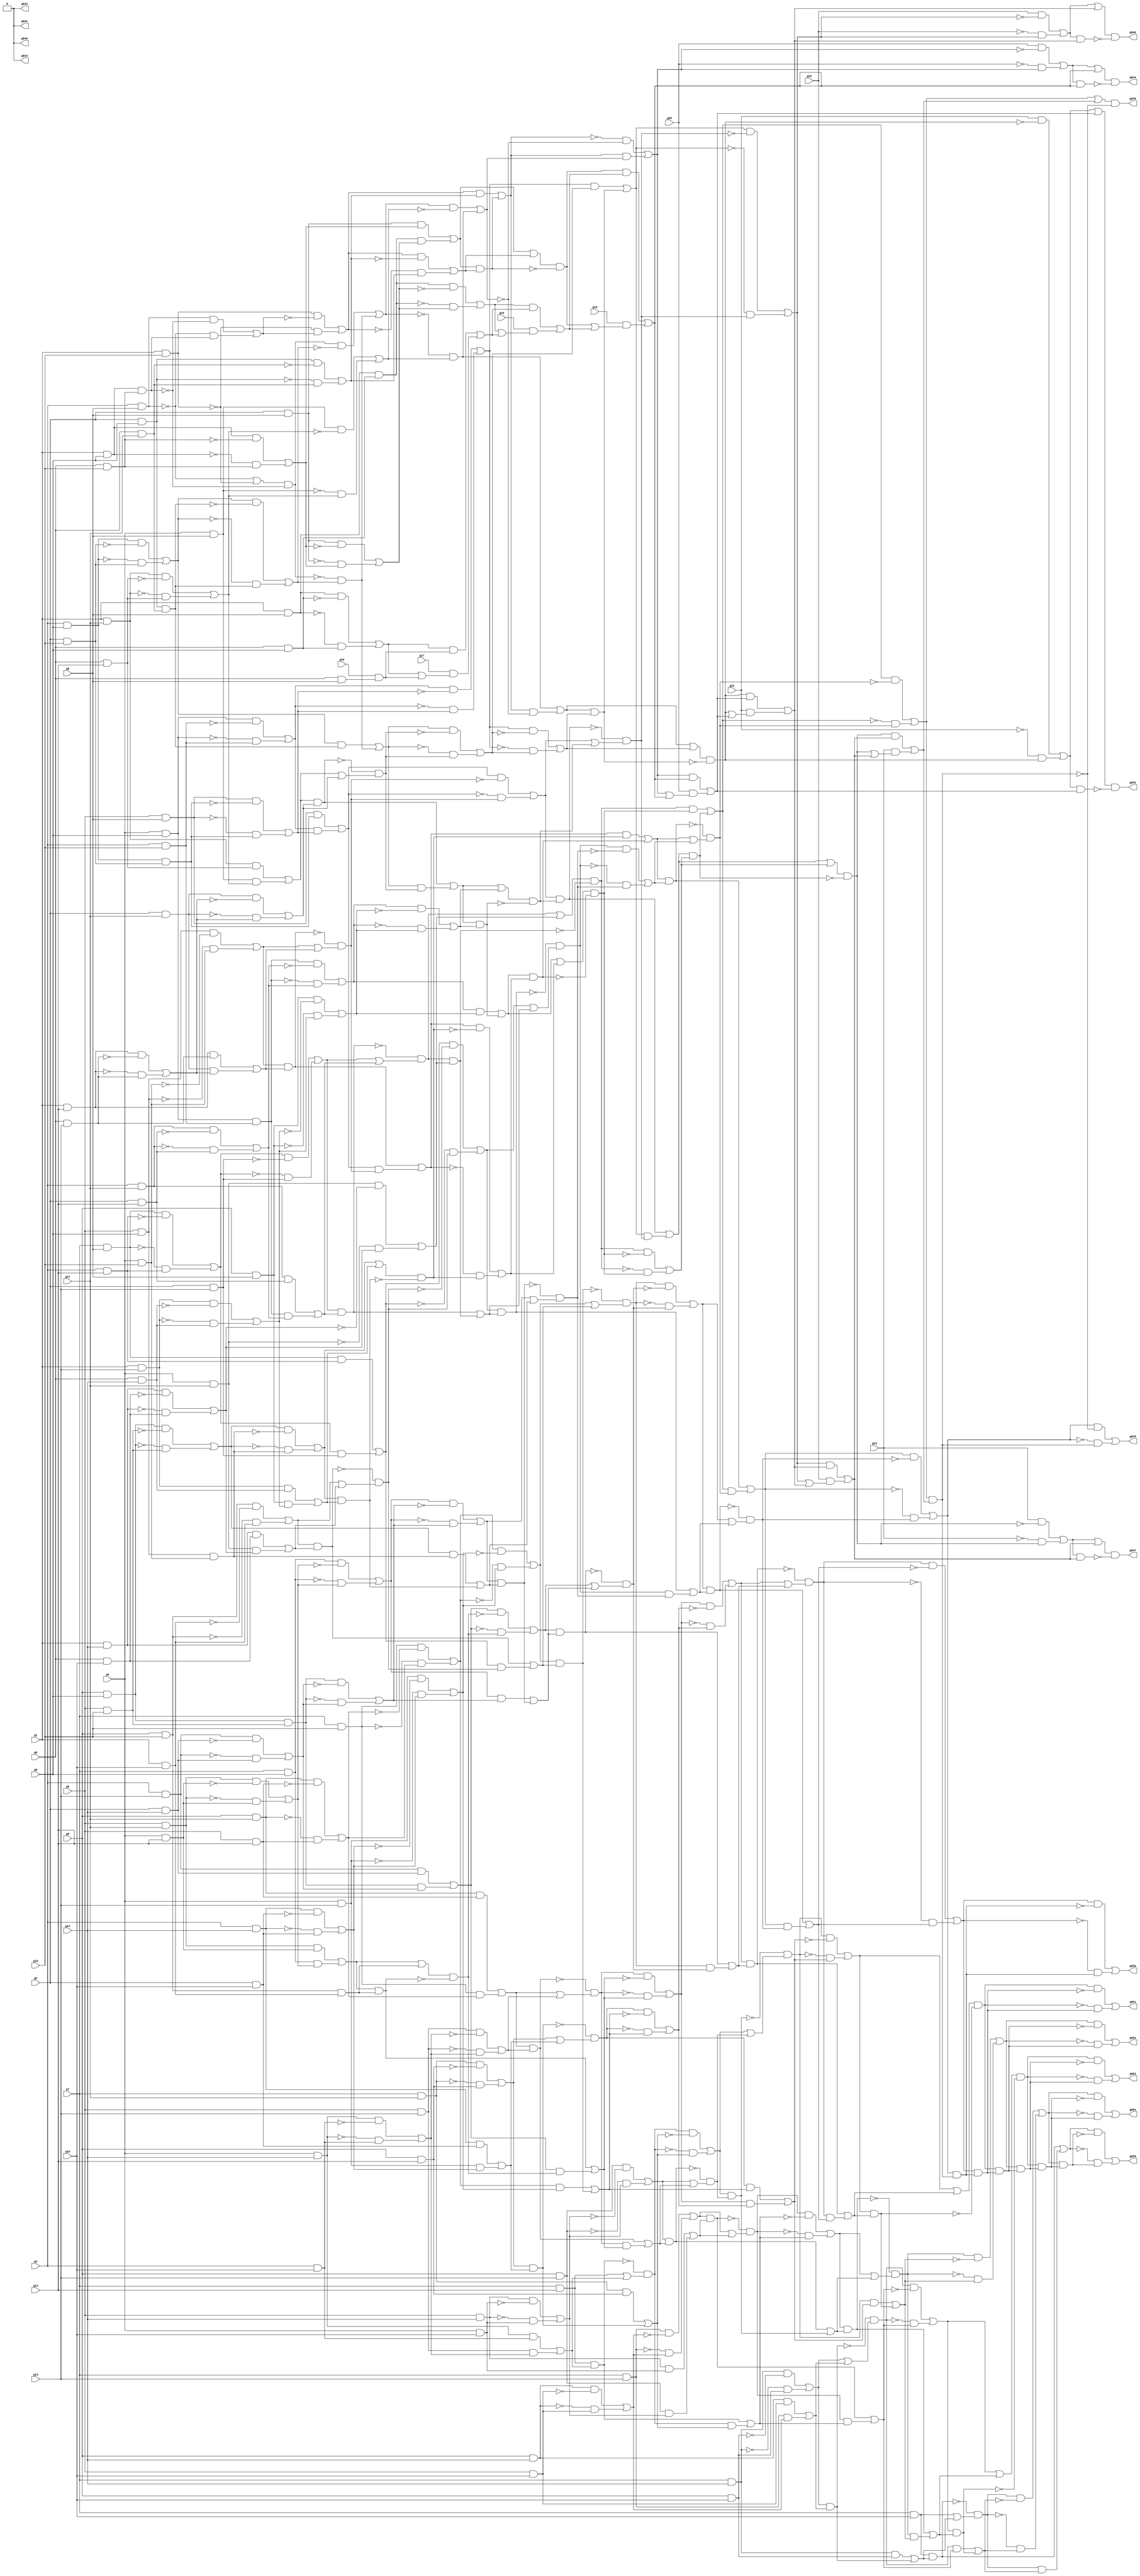
// Benchmark "circuit" written by ABC on Tue Apr 12 01:41:42 2022

module circuit ( 
    g0, g1, g2, g3, g4, g5, g6, g7, g8, g9, g10, g11, g12, g13, g14, g15,
    g16, g17, g18, g19, g20, g21, g22, g23,
    g855, g854, g853, g852, g851, g850, g849, g848, g847, g846, g845, g844,
    g843, g842, g841, g840  );
  input  g0, g1, g2, g3, g4, g5, g6, g7, g8, g9, g10, g11, g12, g13, g14,
    g15, g16, g17, g18, g19, g20, g21, g22, g23;
  output g855, g854, g853, g852, g851, g850, g849, g848, g847, g846, g845,
    g844, g843, g842, g841, g840;
  wire g24, g25, g26, g27, g28, g29, g30, g31, g32, g33, g34, g35, g36, g37,
    g38, g39, g40, g41, g42, g43, g44, g45, g46, g47, g48, g49, g50, g51,
    g52, g53, g54, g55, g56, g57, g58, g59, g60, g61, g62, g63, g64, g65,
    g66, g67, g68, g69, g70, g71, g72, g73, g74, g75, g76, g77, g78, g79,
    g80, g81, g82, g83, g84, g85, g86, g87, g88, g89, g90, g91, g92, g93,
    g94, g95, g96, g97, g98, g99, g100, g101, g102, g103, g104, g105, g106,
    g107, g108, g109, g110, g111, g112, g113, g114, g115, g116, g117, g118,
    g119, g120, g121, g122, g123, g124, g125, g126, g127, g128, g129, g130,
    g131, g132, g133, g134, g135, g136, g137, g138, g139, g140, g141, g142,
    g143, g144, g145, g146, g147, g148, g149, g150, g151, g152, g153, g154,
    g155, g156, g157, g158, g159, g160, g161, g162, g163, g164, g165, g166,
    g167, g168, g169, g170, g171, g172, g173, g174, g175, g176, g177, g178,
    g179, g180, g181, g182, g183, g184, g185, g186, g187, g188, g189, g190,
    g191, g192, g193, g194, g195, g196, g197, g198, g199, g200, g201, g202,
    g203, g204, g205, g206, g207, g208, g209, g210, g211, g212, g213, g214,
    g215, g216, g217, g218, g219, g220, g221, g222, g223, g224, g225, g226,
    g227, g228, g229, g230, g231, g232, g233, g234, g235, g236, g237, g238,
    g239, g240, g241, g242, g243, g244, g245, g246, g247, g248, g249, g250,
    g251, g252, g253, g254, g255, g256, g257, g258, g259, g260, g261, g262,
    g263, g264, g265, g266, g267, g268, g269, g270, g271, g272, g273, g274,
    g275, g276, g277, g278, g279, g280, g281, g282, g283, g284, g285, g286,
    g287, g288, g289, g290, g291, g292, g293, g294, g295, g296, g297, g298,
    g299, g300, g301, g302, g303, g304, g305, g306, g307, g308, g309, g310,
    g311, g312, g313, g314, g315, g316, g317, g318, g319, g320, g321, g322,
    g323, g324, g325, g326, g327, g328, g329, g330, g331, g332, g333, g334,
    g335, g336, g337, g338, g339, g340, g341, g342, g343, g344, g345, g346,
    g347, g348, g349, g350, g351, g352, g353, g354, g355, g356, g357, g358,
    g359, g360, g361, g362, g363, g364, g365, g366, g367, g368, g369, g370,
    g371, g372, g373, g374, g375, g376, g377, g378, g379, g380, g381, g382,
    g383, g384, g385, g386, g387, g388, g389, g390, g391, g392, g393, g394,
    g395, g396, g397, g398, g399, g400, g401, g402, g403, g404, g405, g406,
    g407, g408, g409, g410, g411, g412, g413, g414, g415, g416, g417, g418,
    g419, g420, g421, g422, g423, g424, g425, g426, g427, g428, g429, g430,
    g431, g432, g433, g434, g435, g436, g437, g438, g439, g440, g441, g442,
    g443, g444, g445, g446, g447, g448, g449, g450, g451, g452, g453, g454,
    g455, g456, g457, g458, g459, g460, g461, g462, g463, g464, g465, g466,
    g467, g468, g469, g470, g471, g472, g473, g474, g475, g476, g477, g478,
    g479, g480, g481, g482, g483, g484, g485, g486, g487, g488, g489, g490,
    g491, g492, g493, g494, g495, g496, g497, g498, g499, g500, g501, g502,
    g503, g504, g505, g506, g507, g508, g509, g510, g511, g512, g513, g514,
    g515, g516, g517, g518, g519, g520, g521, g522, g523, g524, g525, g526,
    g527, g528, g529, g530, g531, g532, g533, g534, g535, g536, g537, g538,
    g539, g540, g541, g542, g543, g544, g545, g546, g547, g548, g549, g550,
    g551, g552, g553, g554, g555, g556, g557, g558, g559, g560, g561, g562,
    g563, g564, g565, g566, g567, g568, g569, g570, g571, g572, g573, g574,
    g575, g576, g577, g578, g579, g580, g581, g582, g583, g584, g585, g586,
    g587, g588, g589, g590, g591, g592, g593, g594, g595, g596, g597, g598,
    g599, g600, g601, g602, g603, g604, g605, g606, g607, g608, g609, g610,
    g611, g612, g613, g614, g615, g616, g617, g618, g619, g620, g621, g622,
    g623, g624, g625, g626, g627, g628, g629, g630, g631, g632, g633, g634,
    g635, g636, g637, g638, g639, g640, g641, g642, g643, g644, g645, g646,
    g647, g648, g649, g650, g651, g652, g653, g654, g655, g656, g657, g658,
    g659, g660, g661, g662, g663, g664, g665, g666, g667, g668, g669, g670,
    g671, g672, g673, g674, g675, g676, g677, g678, g679, g680, g681, g682,
    g683, g684, g685, g686, g687, g688, g689, g690, g691, g692, g693, g694,
    g695, g696, g697, g698, g699, g700, g701, g702, g703, g704, g705, g706,
    g707, g708, g709, g710, g711, g712, g713, g714, g715, g716, g717, g718,
    g719, g720, g721, g722, g723, g724, g725, g726, g727, g728, g729, g730,
    g731, g732, g733, g734, g735, g736, g737, g738, g739, g740, g741, g742,
    g743, g744, g745, g746, g747, g748, g749, g750, g751, g752, g753, g754,
    g755, g756, g757, g758, g759, g760, g761, g762, g763, g764, g765, g766,
    g767, g768, g769, g770, g771, g772, g773, g774, g775, g776, g777, g778,
    g779, g780, g781, g782, g783, g784, g785, g786, g787, g788, g789, g790,
    g791, g792, g793, g794, g795, g796, g797, g798, g799, g800, g801, g802,
    g803, g804, g805, g806, g807, g808, g809, g810, g811, g812, g813, g814,
    g815, g816, g817, g818, g819, g820, g821, g822, g823, g824, g825, g826,
    g827, g828, g829, g830, g831, g832, g833, g834, g835, g836;
  assign g24 = ~g23;
  assign g25 = ~g22;
  assign g26 = ~g21;
  assign g27 = ~g20;
  assign g28 = 1'b0;
  assign g29 = 1'b0;
  assign g30 = 1'b0;
  assign g31 = 1'b0;
  assign g32 = g7 & g15;
  assign g33 = g7 & g14;
  assign g34 = ~g33;
  assign g35 = g7 & g13;
  assign g36 = ~g35;
  assign g37 = g7 & g12;
  assign g38 = g7 & g11;
  assign g39 = ~g38;
  assign g40 = g7 & g10;
  assign g41 = ~g40;
  assign g42 = g7 & g8;
  assign g43 = ~g42;
  assign g44 = g7 & g9;
  assign g45 = ~g44;
  assign g46 = g6 & g15;
  assign g47 = ~g46;
  assign g48 = g33 & g47;
  assign g49 = g33 & g46;
  assign g50 = g34 & g46;
  assign g51 = g48 | g50;
  assign g52 = g6 & g14;
  assign g53 = ~g52;
  assign g54 = g6 & g13;
  assign g55 = ~g54;
  assign g56 = g6 & g12;
  assign g57 = ~g56;
  assign g58 = g38 & g57;
  assign g59 = g38 & g56;
  assign g60 = g39 & g56;
  assign g61 = g58 | g60;
  assign g62 = g6 & g11;
  assign g63 = ~g62;
  assign g64 = g6 & g10;
  assign g65 = ~g64;
  assign g66 = g6 & g8;
  assign g67 = ~g66;
  assign g68 = g6 & g9;
  assign g69 = ~g68;
  assign g70 = g5 & g15;
  assign g71 = ~g70;
  assign g72 = g52 & g71;
  assign g73 = g52 & g70;
  assign g74 = g53 & g70;
  assign g75 = g72 | g74;
  assign g76 = ~g75;
  assign g77 = g35 & g76;
  assign g78 = g35 & g75;
  assign g79 = g73 | g78;
  assign g80 = g51 & g79;
  assign g81 = ~g80;
  assign g82 = g49 | g80;
  assign g83 = g32 & g82;
  assign g84 = ~g83;
  assign g85 = g32 | g82;
  assign g86 = g84 & g85;
  assign g87 = ~g86;
  assign g88 = g51 | g79;
  assign g89 = g81 & g88;
  assign g90 = ~g89;
  assign g91 = g36 & g75;
  assign g92 = g77 | g91;
  assign g93 = g5 & g14;
  assign g94 = ~g93;
  assign g95 = g5 & g13;
  assign g96 = ~g95;
  assign g97 = g5 & g8;
  assign g98 = ~g97;
  assign g99 = g5 & g12;
  assign g100 = ~g99;
  assign g101 = g62 & g100;
  assign g102 = g62 & g99;
  assign g103 = g63 & g99;
  assign g104 = g101 | g103;
  assign g105 = ~g104;
  assign g106 = g40 & g105;
  assign g107 = g40 & g104;
  assign g108 = g102 | g107;
  assign g109 = g41 & g104;
  assign g110 = g106 | g109;
  assign g111 = ~g110;
  assign g112 = g5 & g11;
  assign g113 = ~g112;
  assign g114 = g5 & g9;
  assign g115 = ~g114;
  assign g116 = g5 & g10;
  assign g117 = ~g116;
  assign g118 = g68 & g117;
  assign g119 = g68 & g116;
  assign g120 = ~g119;
  assign g121 = g69 & g116;
  assign g122 = g118 | g121;
  assign g123 = ~g122;
  assign g124 = g4 & g15;
  assign g125 = ~g124;
  assign g126 = g93 & g125;
  assign g127 = g93 & g124;
  assign g128 = g94 & g124;
  assign g129 = g126 | g128;
  assign g130 = ~g129;
  assign g131 = g54 & g130;
  assign g132 = g54 & g129;
  assign g133 = g127 | g132;
  assign g134 = g92 & g133;
  assign g135 = ~g134;
  assign g136 = g92 | g133;
  assign g137 = g135 & g136;
  assign g138 = ~g137;
  assign g139 = g55 & g129;
  assign g140 = g131 | g139;
  assign g141 = g4 & g14;
  assign g142 = ~g141;
  assign g143 = g4 & g8;
  assign g144 = ~g143;
  assign g145 = g4 & g13;
  assign g146 = ~g145;
  assign g147 = g4 & g9;
  assign g148 = ~g147;
  assign g149 = g4 & g11;
  assign g150 = ~g149;
  assign g151 = g4 & g12;
  assign g152 = ~g151;
  assign g153 = g112 & g152;
  assign g154 = g112 & g151;
  assign g155 = g113 & g151;
  assign g156 = g153 | g155;
  assign g157 = ~g156;
  assign g158 = g44 & g157;
  assign g159 = g44 & g156;
  assign g160 = g154 | g159;
  assign g161 = g45 & g156;
  assign g162 = g158 | g161;
  assign g163 = ~g162;
  assign g164 = g4 & g10;
  assign g165 = ~g164;
  assign g166 = g114 & g165;
  assign g167 = g115 & g164;
  assign g168 = g166 | g167;
  assign g169 = g114 & g164;
  assign g170 = ~g169;
  assign g171 = g122 & g170;
  assign g172 = g122 & g169;
  assign g173 = g123 & g169;
  assign g174 = g171 | g173;
  assign g175 = g3 & g15;
  assign g176 = ~g175;
  assign g177 = g141 & g176;
  assign g178 = g141 & g175;
  assign g179 = g142 & g175;
  assign g180 = g177 | g179;
  assign g181 = ~g180;
  assign g182 = g95 & g181;
  assign g183 = g95 & g180;
  assign g184 = g178 | g183;
  assign g185 = g37 & g184;
  assign g186 = ~g185;
  assign g187 = g37 | g184;
  assign g188 = g186 & g187;
  assign g189 = ~g188;
  assign g190 = g96 & g180;
  assign g191 = g182 | g190;
  assign g192 = g108 & g191;
  assign g193 = ~g192;
  assign g194 = g108 | g191;
  assign g195 = g193 & g194;
  assign g196 = ~g195;
  assign g197 = g3 & g8;
  assign g198 = ~g197;
  assign g199 = g3 & g9;
  assign g200 = ~g199;
  assign g201 = g3 & g14;
  assign g202 = ~g201;
  assign g203 = g3 & g12;
  assign g204 = ~g203;
  assign g205 = g42 & g204;
  assign g206 = g42 & g203;
  assign g207 = g43 & g203;
  assign g208 = g205 | g207;
  assign g209 = ~g208;
  assign g210 = g3 & g11;
  assign g211 = ~g210;
  assign g212 = g3 & g10;
  assign g213 = ~g212;
  assign g214 = g147 & g213;
  assign g215 = g148 & g212;
  assign g216 = g214 | g215;
  assign g217 = ~g216;
  assign g218 = g147 & g212;
  assign g219 = ~g218;
  assign g220 = g3 & g13;
  assign g221 = ~g220;
  assign g222 = g2 & g8;
  assign g223 = ~g222;
  assign g224 = g2 & g9;
  assign g225 = ~g224;
  assign g226 = g2 & g10;
  assign g227 = ~g226;
  assign g228 = g199 & g227;
  assign g229 = g200 & g226;
  assign g230 = g228 | g229;
  assign g231 = ~g230;
  assign g232 = g199 & g226;
  assign g233 = ~g232;
  assign g234 = g97 & g233;
  assign g235 = g97 & g232;
  assign g236 = g98 & g232;
  assign g237 = g234 | g236;
  assign g238 = ~g237;
  assign g239 = g216 & g238;
  assign g240 = g217 & g237;
  assign g241 = g239 | g240;
  assign g242 = ~g241;
  assign g243 = g216 & g237;
  assign g244 = g235 | g243;
  assign g245 = ~g244;
  assign g246 = g2 & g11;
  assign g247 = ~g246;
  assign g248 = g2 & g15;
  assign g249 = ~g248;
  assign g250 = g201 & g249;
  assign g251 = g201 & g248;
  assign g252 = g202 & g248;
  assign g253 = g250 | g252;
  assign g254 = ~g253;
  assign g255 = g145 & g254;
  assign g256 = g145 & g253;
  assign g257 = g251 | g256;
  assign g258 = g61 & g257;
  assign g259 = ~g258;
  assign g260 = g59 | g258;
  assign g261 = ~g260;
  assign g262 = g188 & g261;
  assign g263 = g188 & g260;
  assign g264 = g185 | g263;
  assign g265 = ~g264;
  assign g266 = g137 & g265;
  assign g267 = g137 & g264;
  assign g268 = g134 | g267;
  assign g269 = ~g268;
  assign g270 = g89 & g269;
  assign g271 = g89 & g268;
  assign g272 = g90 & g268;
  assign g273 = g270 | g272;
  assign g274 = g138 & g264;
  assign g275 = g266 | g274;
  assign g276 = g189 & g260;
  assign g277 = g262 | g276;
  assign g278 = g61 | g257;
  assign g279 = g259 & g278;
  assign g280 = ~g279;
  assign g281 = g146 & g253;
  assign g282 = g255 | g281;
  assign g283 = ~g282;
  assign g284 = g110 & g283;
  assign g285 = g110 & g282;
  assign g286 = g111 & g282;
  assign g287 = g284 | g286;
  assign g288 = g2 & g13;
  assign g289 = ~g288;
  assign g290 = g208 & g289;
  assign g291 = g208 & g288;
  assign g292 = g206 | g291;
  assign g293 = ~g292;
  assign g294 = g209 & g288;
  assign g295 = g290 | g294;
  assign g296 = g2 & g12;
  assign g297 = ~g296;
  assign g298 = g210 & g297;
  assign g299 = g210 & g296;
  assign g300 = g211 & g296;
  assign g301 = g298 | g300;
  assign g302 = ~g301;
  assign g303 = g218 & g302;
  assign g304 = g219 & g301;
  assign g305 = g303 | g304;
  assign g306 = ~g305;
  assign g307 = g218 & g301;
  assign g308 = g299 | g307;
  assign g309 = g295 & g308;
  assign g310 = ~g309;
  assign g311 = g295 | g308;
  assign g312 = g310 & g311;
  assign g313 = g2 & g14;
  assign g314 = ~g313;
  assign g315 = g220 & g314;
  assign g316 = g220 & g313;
  assign g317 = g221 & g313;
  assign g318 = g315 | g317;
  assign g319 = ~g318;
  assign g320 = g119 & g319;
  assign g321 = g119 & g318;
  assign g322 = g316 | g321;
  assign g323 = ~g322;
  assign g324 = g120 & g318;
  assign g325 = g320 | g324;
  assign g326 = ~g325;
  assign g327 = g162 & g326;
  assign g328 = g162 & g325;
  assign g329 = g163 & g325;
  assign g330 = g327 | g329;
  assign g331 = g1 & g8;
  assign g332 = ~g331;
  assign g333 = g1 & g9;
  assign g334 = ~g333;
  assign g335 = g1 & g10;
  assign g336 = ~g335;
  assign g337 = g198 | g336;
  assign g338 = g1 & g11;
  assign g339 = ~g338;
  assign g340 = g1 & g12;
  assign g341 = ~g340;
  assign g342 = g1 & g15;
  assign g343 = ~g342;
  assign g344 = g64 & g343;
  assign g345 = g64 & g342;
  assign g346 = g160 | g345;
  assign g347 = g160 & g345;
  assign g348 = ~g347;
  assign g349 = g346 & g348;
  assign g350 = ~g349;
  assign g351 = g322 & g350;
  assign g352 = g322 & g349;
  assign g353 = g323 & g349;
  assign g354 = g351 | g353;
  assign g355 = g347 | g352;
  assign g356 = ~g355;
  assign g357 = g195 & g356;
  assign g358 = g195 & g355;
  assign g359 = g192 | g358;
  assign g360 = g140 & g359;
  assign g361 = ~g360;
  assign g362 = g140 | g359;
  assign g363 = g361 & g362;
  assign g364 = g277 & g363;
  assign g365 = ~g364;
  assign g366 = g360 | g364;
  assign g367 = g275 & g366;
  assign g368 = ~g367;
  assign g369 = g275 | g366;
  assign g370 = g368 & g369;
  assign g371 = ~g370;
  assign g372 = g277 | g363;
  assign g373 = g365 & g372;
  assign g374 = ~g373;
  assign g375 = g196 & g355;
  assign g376 = g357 | g375;
  assign g377 = ~g376;
  assign g378 = g65 & g342;
  assign g379 = g344 | g378;
  assign g380 = g1 & g14;
  assign g381 = ~g380;
  assign g382 = g1 & g13;
  assign g383 = ~g382;
  assign g384 = g0 & g9;
  assign g385 = ~g384;
  assign g386 = g331 & g385;
  assign g387 = g332 & g384;
  assign g388 = g386 | g387;
  assign g389 = 1'b0;
  assign g390 = 1'b0;
  assign g391 = 1'b0;
  assign g392 = 1'b0;
  assign g393 = 1'b0;
  assign g394 = g331 & g384;
  assign g395 = ~g394;
  assign g396 = g0 & g10;
  assign g397 = ~g396;
  assign g398 = g333 & g397;
  assign g399 = g334 & g396;
  assign g400 = g398 | g399;
  assign g401 = ~g400;
  assign g402 = g222 & g401;
  assign g403 = g222 & g400;
  assign g404 = g223 & g400;
  assign g405 = g402 | g404;
  assign g406 = ~g405;
  assign g407 = g394 & g406;
  assign g408 = g395 & g405;
  assign g409 = g407 | g408;
  assign g410 = 1'b0;
  assign g411 = 1'b0;
  assign g412 = 1'b0;
  assign g413 = 1'b0;
  assign g414 = g394 & g405;
  assign g415 = g403 | g414;
  assign g416 = g333 & g396;
  assign g417 = ~g416;
  assign g418 = g197 & g417;
  assign g419 = g337 & g417;
  assign g420 = ~g419;
  assign g421 = g198 & g416;
  assign g422 = g418 | g421;
  assign g423 = ~g422;
  assign g424 = g335 & g423;
  assign g425 = g336 & g422;
  assign g426 = g424 | g425;
  assign g427 = ~g426;
  assign g428 = g0 & g11;
  assign g429 = ~g428;
  assign g430 = g224 & g429;
  assign g431 = g225 & g428;
  assign g432 = g430 | g431;
  assign g433 = ~g432;
  assign g434 = g426 & g433;
  assign g435 = g426 & g432;
  assign g436 = g427 & g432;
  assign g437 = g434 | g436;
  assign g438 = g415 | g437;
  assign g439 = g415 & g437;
  assign g440 = ~g439;
  assign g441 = g438 & g440;
  assign g442 = 1'b0;
  assign g443 = 1'b0;
  assign g444 = 1'b0;
  assign g445 = 1'b0;
  assign g446 = g435 | g439;
  assign g447 = ~g446;
  assign g448 = g224 & g428;
  assign g449 = ~g448;
  assign g450 = g230 & g449;
  assign g451 = g230 & g448;
  assign g452 = g231 & g448;
  assign g453 = g450 | g452;
  assign g454 = ~g453;
  assign g455 = g419 & g454;
  assign g456 = g420 & g453;
  assign g457 = g455 | g456;
  assign g458 = ~g457;
  assign g459 = g451 | g456;
  assign g460 = ~g459;
  assign g461 = g0 & g12;
  assign g462 = ~g461;
  assign g463 = g338 & g462;
  assign g464 = g338 & g461;
  assign g465 = g339 & g461;
  assign g466 = g463 | g465;
  assign g467 = ~g466;
  assign g468 = g143 & g467;
  assign g469 = g144 & g466;
  assign g470 = g468 | g469;
  assign g471 = ~g470;
  assign g472 = g457 & g471;
  assign g473 = g458 & g470;
  assign g474 = g472 | g473;
  assign g475 = ~g474;
  assign g476 = g447 & g475;
  assign g477 = g446 & g475;
  assign g478 = g473 | g477;
  assign g479 = g446 & g474;
  assign g480 = g476 | g479;
  assign g481 = ~g480;
  assign g482 = g20 & g481;
  assign g483 = g27 & g480;
  assign g484 = g482 | g483;
  assign g485 = g143 & g466;
  assign g486 = g464 | g485;
  assign g487 = g0 & g13;
  assign g488 = ~g487;
  assign g489 = g340 & g488;
  assign g490 = g340 & g487;
  assign g491 = g341 & g487;
  assign g492 = g489 | g491;
  assign g493 = ~g492;
  assign g494 = g246 & g493;
  assign g495 = g247 & g492;
  assign g496 = g494 | g495;
  assign g497 = g486 & g496;
  assign g498 = ~g497;
  assign g499 = g486 | g496;
  assign g500 = g498 & g499;
  assign g501 = ~g500;
  assign g502 = g459 & g501;
  assign g503 = g460 & g500;
  assign g504 = g502 | g503;
  assign g505 = ~g504;
  assign g506 = g241 & g505;
  assign g507 = g241 & g504;
  assign g508 = g242 & g504;
  assign g509 = g506 | g508;
  assign g510 = g478 | g509;
  assign g511 = g478 & g509;
  assign g512 = ~g511;
  assign g513 = g510 & g512;
  assign g514 = ~g513;
  assign g515 = g21 & g514;
  assign g516 = g26 & g513;
  assign g517 = g515 | g516;
  assign g518 = g507 | g511;
  assign g519 = ~g518;
  assign g520 = g459 & g500;
  assign g521 = g497 | g520;
  assign g522 = g246 & g492;
  assign g523 = g490 | g522;
  assign g524 = g168 & g523;
  assign g525 = ~g524;
  assign g526 = g168 | g523;
  assign g527 = g525 & g526;
  assign g528 = ~g527;
  assign g529 = g244 & g528;
  assign g530 = g245 & g527;
  assign g531 = g529 | g530;
  assign g532 = g244 & g527;
  assign g533 = g524 | g532;
  assign g534 = ~g533;
  assign g535 = g0 & g15;
  assign g536 = ~g535;
  assign g537 = g380 & g536;
  assign g538 = g380 & g535;
  assign g539 = g381 & g535;
  assign g540 = g537 | g539;
  assign g541 = ~g540;
  assign g542 = g149 & g541;
  assign g543 = g149 & g540;
  assign g544 = g538 | g543;
  assign g545 = g379 & g544;
  assign g546 = ~g545;
  assign g547 = g379 | g544;
  assign g548 = g546 & g547;
  assign g549 = ~g548;
  assign g550 = g292 & g549;
  assign g551 = g292 & g548;
  assign g552 = g545 | g551;
  assign g553 = g287 & g552;
  assign g554 = ~g553;
  assign g555 = g285 | g553;
  assign g556 = ~g555;
  assign g557 = g279 & g556;
  assign g558 = g279 & g555;
  assign g559 = g280 & g555;
  assign g560 = g557 | g559;
  assign g561 = ~g560;
  assign g562 = g376 & g561;
  assign g563 = g376 & g560;
  assign g564 = g558 | g563;
  assign g565 = ~g564;
  assign g566 = g373 & g565;
  assign g567 = g373 & g564;
  assign g568 = g374 & g564;
  assign g569 = g566 | g568;
  assign g570 = g377 & g560;
  assign g571 = g562 | g570;
  assign g572 = g287 | g552;
  assign g573 = g554 & g572;
  assign g574 = ~g573;
  assign g575 = g293 & g548;
  assign g576 = g550 | g575;
  assign g577 = g150 & g540;
  assign g578 = g542 | g577;
  assign g579 = g312 | g578;
  assign g580 = g312 & g578;
  assign g581 = ~g580;
  assign g582 = g579 & g581;
  assign g583 = ~g582;
  assign g584 = g309 | g580;
  assign g585 = g576 & g584;
  assign g586 = ~g585;
  assign g587 = g576 | g584;
  assign g588 = g586 & g587;
  assign g589 = ~g588;
  assign g590 = g0 & g14;
  assign g591 = ~g590;
  assign g592 = g382 & g591;
  assign g593 = g382 & g590;
  assign g594 = g383 & g590;
  assign g595 = g592 | g594;
  assign g596 = ~g595;
  assign g597 = g66 & g596;
  assign g598 = g67 & g595;
  assign g599 = g597 | g598;
  assign g600 = ~g599;
  assign g601 = g305 & g600;
  assign g602 = g305 & g599;
  assign g603 = g306 & g599;
  assign g604 = g601 | g603;
  assign g605 = g521 | g604;
  assign g606 = g521 & g604;
  assign g607 = ~g606;
  assign g608 = g605 & g607;
  assign g609 = g531 & g608;
  assign g610 = ~g609;
  assign g611 = g531 | g608;
  assign g612 = g610 & g611;
  assign g613 = ~g612;
  assign g614 = g518 & g613;
  assign g615 = g519 & g612;
  assign g616 = g614 | g615;
  assign g617 = ~g616;
  assign g618 = g22 & g617;
  assign g619 = g25 & g616;
  assign g620 = g618 | g619;
  assign g621 = g518 & g612;
  assign g622 = g609 | g621;
  assign g623 = g602 | g606;
  assign g624 = g66 & g595;
  assign g625 = g593 | g624;
  assign g626 = g174 | g625;
  assign g627 = g174 & g625;
  assign g628 = ~g627;
  assign g629 = g626 & g628;
  assign g630 = ~g629;
  assign g631 = g533 & g630;
  assign g632 = g533 & g629;
  assign g633 = g534 & g629;
  assign g634 = g631 | g633;
  assign g635 = g623 | g634;
  assign g636 = g623 & g634;
  assign g637 = ~g636;
  assign g638 = g635 & g637;
  assign g639 = ~g638;
  assign g640 = g582 & g639;
  assign g641 = g582 & g638;
  assign g642 = g583 & g638;
  assign g643 = g640 | g642;
  assign g644 = g622 | g643;
  assign g645 = g622 & g643;
  assign g646 = ~g645;
  assign g647 = g644 & g646;
  assign g648 = ~g647;
  assign g649 = g23 & g648;
  assign g650 = g24 & g647;
  assign g651 = g649 | g650;
  assign g652 = g641 | g645;
  assign g653 = ~g652;
  assign g654 = g632 | g636;
  assign g655 = g172 | g627;
  assign g656 = g330 & g655;
  assign g657 = ~g656;
  assign g658 = g328 | g656;
  assign g659 = g354 & g658;
  assign g660 = ~g659;
  assign g661 = g354 | g658;
  assign g662 = g660 & g661;
  assign g663 = ~g662;
  assign g664 = g573 & g663;
  assign g665 = g573 & g662;
  assign g666 = g659 | g665;
  assign g667 = g571 & g666;
  assign g668 = ~g667;
  assign g669 = g571 | g666;
  assign g670 = g668 & g669;
  assign g671 = ~g670;
  assign g672 = g574 & g662;
  assign g673 = g664 | g672;
  assign g674 = g330 | g655;
  assign g675 = g657 & g674;
  assign g676 = ~g675;
  assign g677 = g588 & g676;
  assign g678 = g589 & g675;
  assign g679 = g677 | g678;
  assign g680 = g654 & g679;
  assign g681 = ~g680;
  assign g682 = g654 | g679;
  assign g683 = g681 & g682;
  assign g684 = ~g683;
  assign g685 = g652 & g684;
  assign g686 = g653 & g683;
  assign g687 = g685 | g686;
  assign g688 = g652 & g683;
  assign g689 = g680 | g688;
  assign g690 = ~g689;
  assign g691 = g588 & g675;
  assign g692 = g585 | g691;
  assign g693 = g673 & g692;
  assign g694 = ~g693;
  assign g695 = g673 | g692;
  assign g696 = g694 & g695;
  assign g697 = ~g696;
  assign g698 = g689 & g697;
  assign g699 = g690 & g696;
  assign g700 = g698 | g699;
  assign g701 = ~g700;
  assign g702 = g689 & g696;
  assign g703 = g693 | g702;
  assign g704 = ~g703;
  assign g705 = g670 & g704;
  assign g706 = g670 & g703;
  assign g707 = g667 | g706;
  assign g708 = g569 | g707;
  assign g709 = g569 & g707;
  assign g710 = ~g709;
  assign g711 = g708 & g710;
  assign g712 = ~g711;
  assign g713 = g567 | g709;
  assign g714 = ~g713;
  assign g715 = g370 & g714;
  assign g716 = g370 & g713;
  assign g717 = g367 | g716;
  assign g718 = g273 | g717;
  assign g719 = g273 & g717;
  assign g720 = ~g719;
  assign g721 = g718 & g720;
  assign g722 = ~g721;
  assign g723 = g271 | g719;
  assign g724 = ~g723;
  assign g725 = g86 & g724;
  assign g726 = g86 & g723;
  assign g727 = g83 | g726;
  assign g728 = ~g727;
  assign g729 = g87 & g723;
  assign g730 = g725 | g729;
  assign g731 = ~g730;
  assign g732 = g371 & g713;
  assign g733 = g715 | g732;
  assign g734 = ~g733;
  assign g735 = g671 & g703;
  assign g736 = g705 | g735;
  assign g737 = ~g736;
  assign g738 = g0 & g8;
  assign g739 = 1'b0;
  assign g740 = 1'b0;
  assign g741 = g16 & g738;
  assign g742 = 1'b0;
  assign g743 = 1'b0;
  assign g744 = 1'b0;
  assign g745 = 1'b0;
  assign g746 = g388 & g741;
  assign g747 = g388 | g741;
  assign g748 = g17 & g747;
  assign g749 = g746 | g748;
  assign g750 = 1'b0;
  assign g751 = 1'b0;
  assign g752 = 1'b0;
  assign g753 = 1'b0;
  assign g754 = g409 & g749;
  assign g755 = g409 | g749;
  assign g756 = g18 & g755;
  assign g757 = g754 | g756;
  assign g758 = 1'b0;
  assign g759 = 1'b0;
  assign g760 = 1'b0;
  assign g761 = 1'b0;
  assign g762 = g441 & g757;
  assign g763 = g441 | g757;
  assign g764 = g19 & g763;
  assign g765 = g762 | g764;
  assign g766 = g484 | g765;
  assign g767 = g484 & g765;
  assign g768 = ~g767;
  assign g769 = g766 & g768;
  assign g770 = g480 & g765;
  assign g771 = g480 | g765;
  assign g772 = g20 & g771;
  assign g773 = g770 | g772;
  assign g774 = g517 | g773;
  assign g775 = g517 & g773;
  assign g776 = ~g775;
  assign g777 = g774 & g776;
  assign g778 = g513 & g773;
  assign g779 = g513 | g773;
  assign g780 = g21 & g779;
  assign g781 = g778 | g780;
  assign g782 = g620 | g781;
  assign g783 = g620 & g781;
  assign g784 = ~g783;
  assign g785 = g782 & g784;
  assign g786 = g616 & g781;
  assign g787 = g616 | g781;
  assign g788 = g22 & g787;
  assign g789 = g786 | g788;
  assign g790 = g651 | g789;
  assign g791 = g651 & g789;
  assign g792 = ~g791;
  assign g793 = g790 & g792;
  assign g794 = g647 & g789;
  assign g795 = g647 | g789;
  assign g796 = g23 & g795;
  assign g797 = g794 | g796;
  assign g798 = g687 | g797;
  assign g799 = g687 & g797;
  assign g800 = ~g799;
  assign g801 = g700 & g800;
  assign g802 = g798 & g800;
  assign g803 = g701 & g799;
  assign g804 = g801 | g803;
  assign g805 = g700 & g799;
  assign g806 = ~g805;
  assign g807 = g736 & g806;
  assign g808 = g736 & g805;
  assign g809 = ~g808;
  assign g810 = g711 & g809;
  assign g811 = g711 & g808;
  assign g812 = ~g811;
  assign g813 = g733 & g812;
  assign g814 = g733 & g811;
  assign g815 = ~g814;
  assign g816 = g721 & g815;
  assign g817 = g721 & g814;
  assign g818 = ~g817;
  assign g819 = g730 & g818;
  assign g820 = g730 & g817;
  assign g821 = ~g820;
  assign g822 = g727 & g821;
  assign g823 = g728 & g820;
  assign g824 = g822 | g823;
  assign g825 = g731 & g817;
  assign g826 = g819 | g825;
  assign g827 = g722 & g814;
  assign g828 = g816 | g827;
  assign g829 = g734 & g811;
  assign g830 = g813 | g829;
  assign g831 = g712 & g808;
  assign g832 = g810 | g831;
  assign g833 = g737 & g805;
  assign g834 = g807 | g833;
  assign g835 = 1'b0;
  assign g836 = 1'b0;
  assign g840 = g836;
  assign g841 = g745;
  assign g842 = g753;
  assign g843 = g761;
  assign g844 = g769;
  assign g845 = g777;
  assign g846 = g785;
  assign g847 = g793;
  assign g848 = g802;
  assign g849 = g804;
  assign g850 = g834;
  assign g851 = g832;
  assign g852 = g830;
  assign g853 = g828;
  assign g854 = g826;
  assign g855 = g824;
endmodule